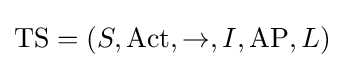
{\text{TS}}=(S,{\text{Act}},\to ,I,{\text{AP}},L)